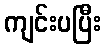
ကျင်းပပြီး